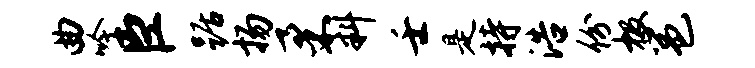
曲吟臣踞扬柔料壬是持浩份极邕